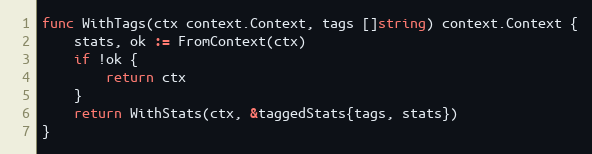
Language: Go
func WithTags(ctx context.Context, tags []string) context.Context {
	stats, ok := FromContext(ctx)
	if !ok {
		return ctx
	}
	return WithStats(ctx, &taggedStats{tags, stats})
}